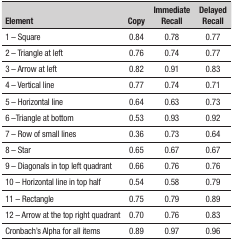
<table><thead><tr><td><b>Element</b></td><td><b>Copy</b></td><td><b>Immediate Recall</b></td><td><b>Delayed Recall</b></td></tr></thead><tbody><tr><td>1 - Square</td><td>0.84</td><td>0.78</td><td>0.77</td></tr><tr><td>2 - Triangle at left</td><td>0.76</td><td>0.74</td><td>0.77</td></tr><tr><td>3 - Arrow at left</td><td>0.82</td><td>0.91</td><td>0.83</td></tr><tr><td>4 - Vertical line</td><td>0.77</td><td>0.74</td><td>0.71</td></tr><tr><td>5 - Horizontal line</td><td>0.64</td><td>0.63</td><td>0.73</td></tr><tr><td>6 -Triangle at bottom</td><td>0.53</td><td>0.93</td><td>0.92</td></tr><tr><td>7 - Row of small lines</td><td>0.36</td><td>0.73</td><td>0.64</td></tr><tr><td>8 - Star</td><td>0.65</td><td>0.67</td><td>0.67</td></tr><tr><td>9 - Diagonals in top leftquadrant</td><td>0.66</td><td>0.76</td><td>0.76</td></tr><tr><td>10 - Horizontal line in tophalf</td><td>0.54</td><td>0.58</td><td>0.79</td></tr><tr><td>11 - Rectangle</td><td>0.75</td><td>0.79</td><td>0.89</td></tr><tr><td>12 - Arrow at the top rightquadrant</td><td>0.70</td><td>0.76</td><td>0.83</td></tr><tr><td>Cronbach&#x27;s Alpha for all items</td><td>0.89</td><td>0.97</td><td>0.96</td></tr></tbody></table>